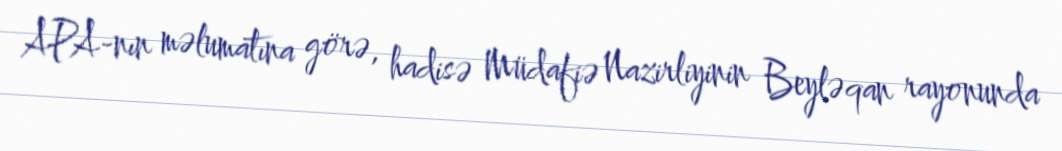
APA-nın məlumatına görə, hadisə Müdafiə Nazirliyinin Beyləqan rayonunda